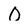
Character: O